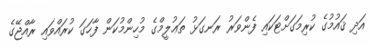
އަދި ޤައުމުގެ ކުރިމަގަށްޓަކައި ފެންވަރު ރަނގަޅު ތަޢުލީމްގެ މުހިންމުކަން ފާހަގަ ކުރައްވައި ރާއްޖޭގެ